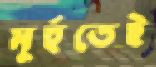
মুর্হূতেই